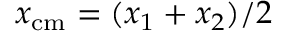
x _ { { \mathrm { c m } } } = ( x _ { 1 } + x _ { 2 } ) / 2